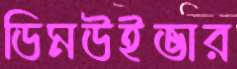
ডিমউইভার